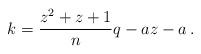
LaTeX: \begin{align*}k=\frac{z^2+z+1}{n}q-az-a\,.\end{align*}